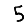
Digit: 5